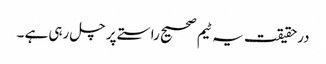
درحقیقت یہ ٹیم صحیح راستے پر چل رہی ہے ۔